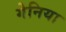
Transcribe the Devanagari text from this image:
गेनिया